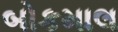
બોકમાલ